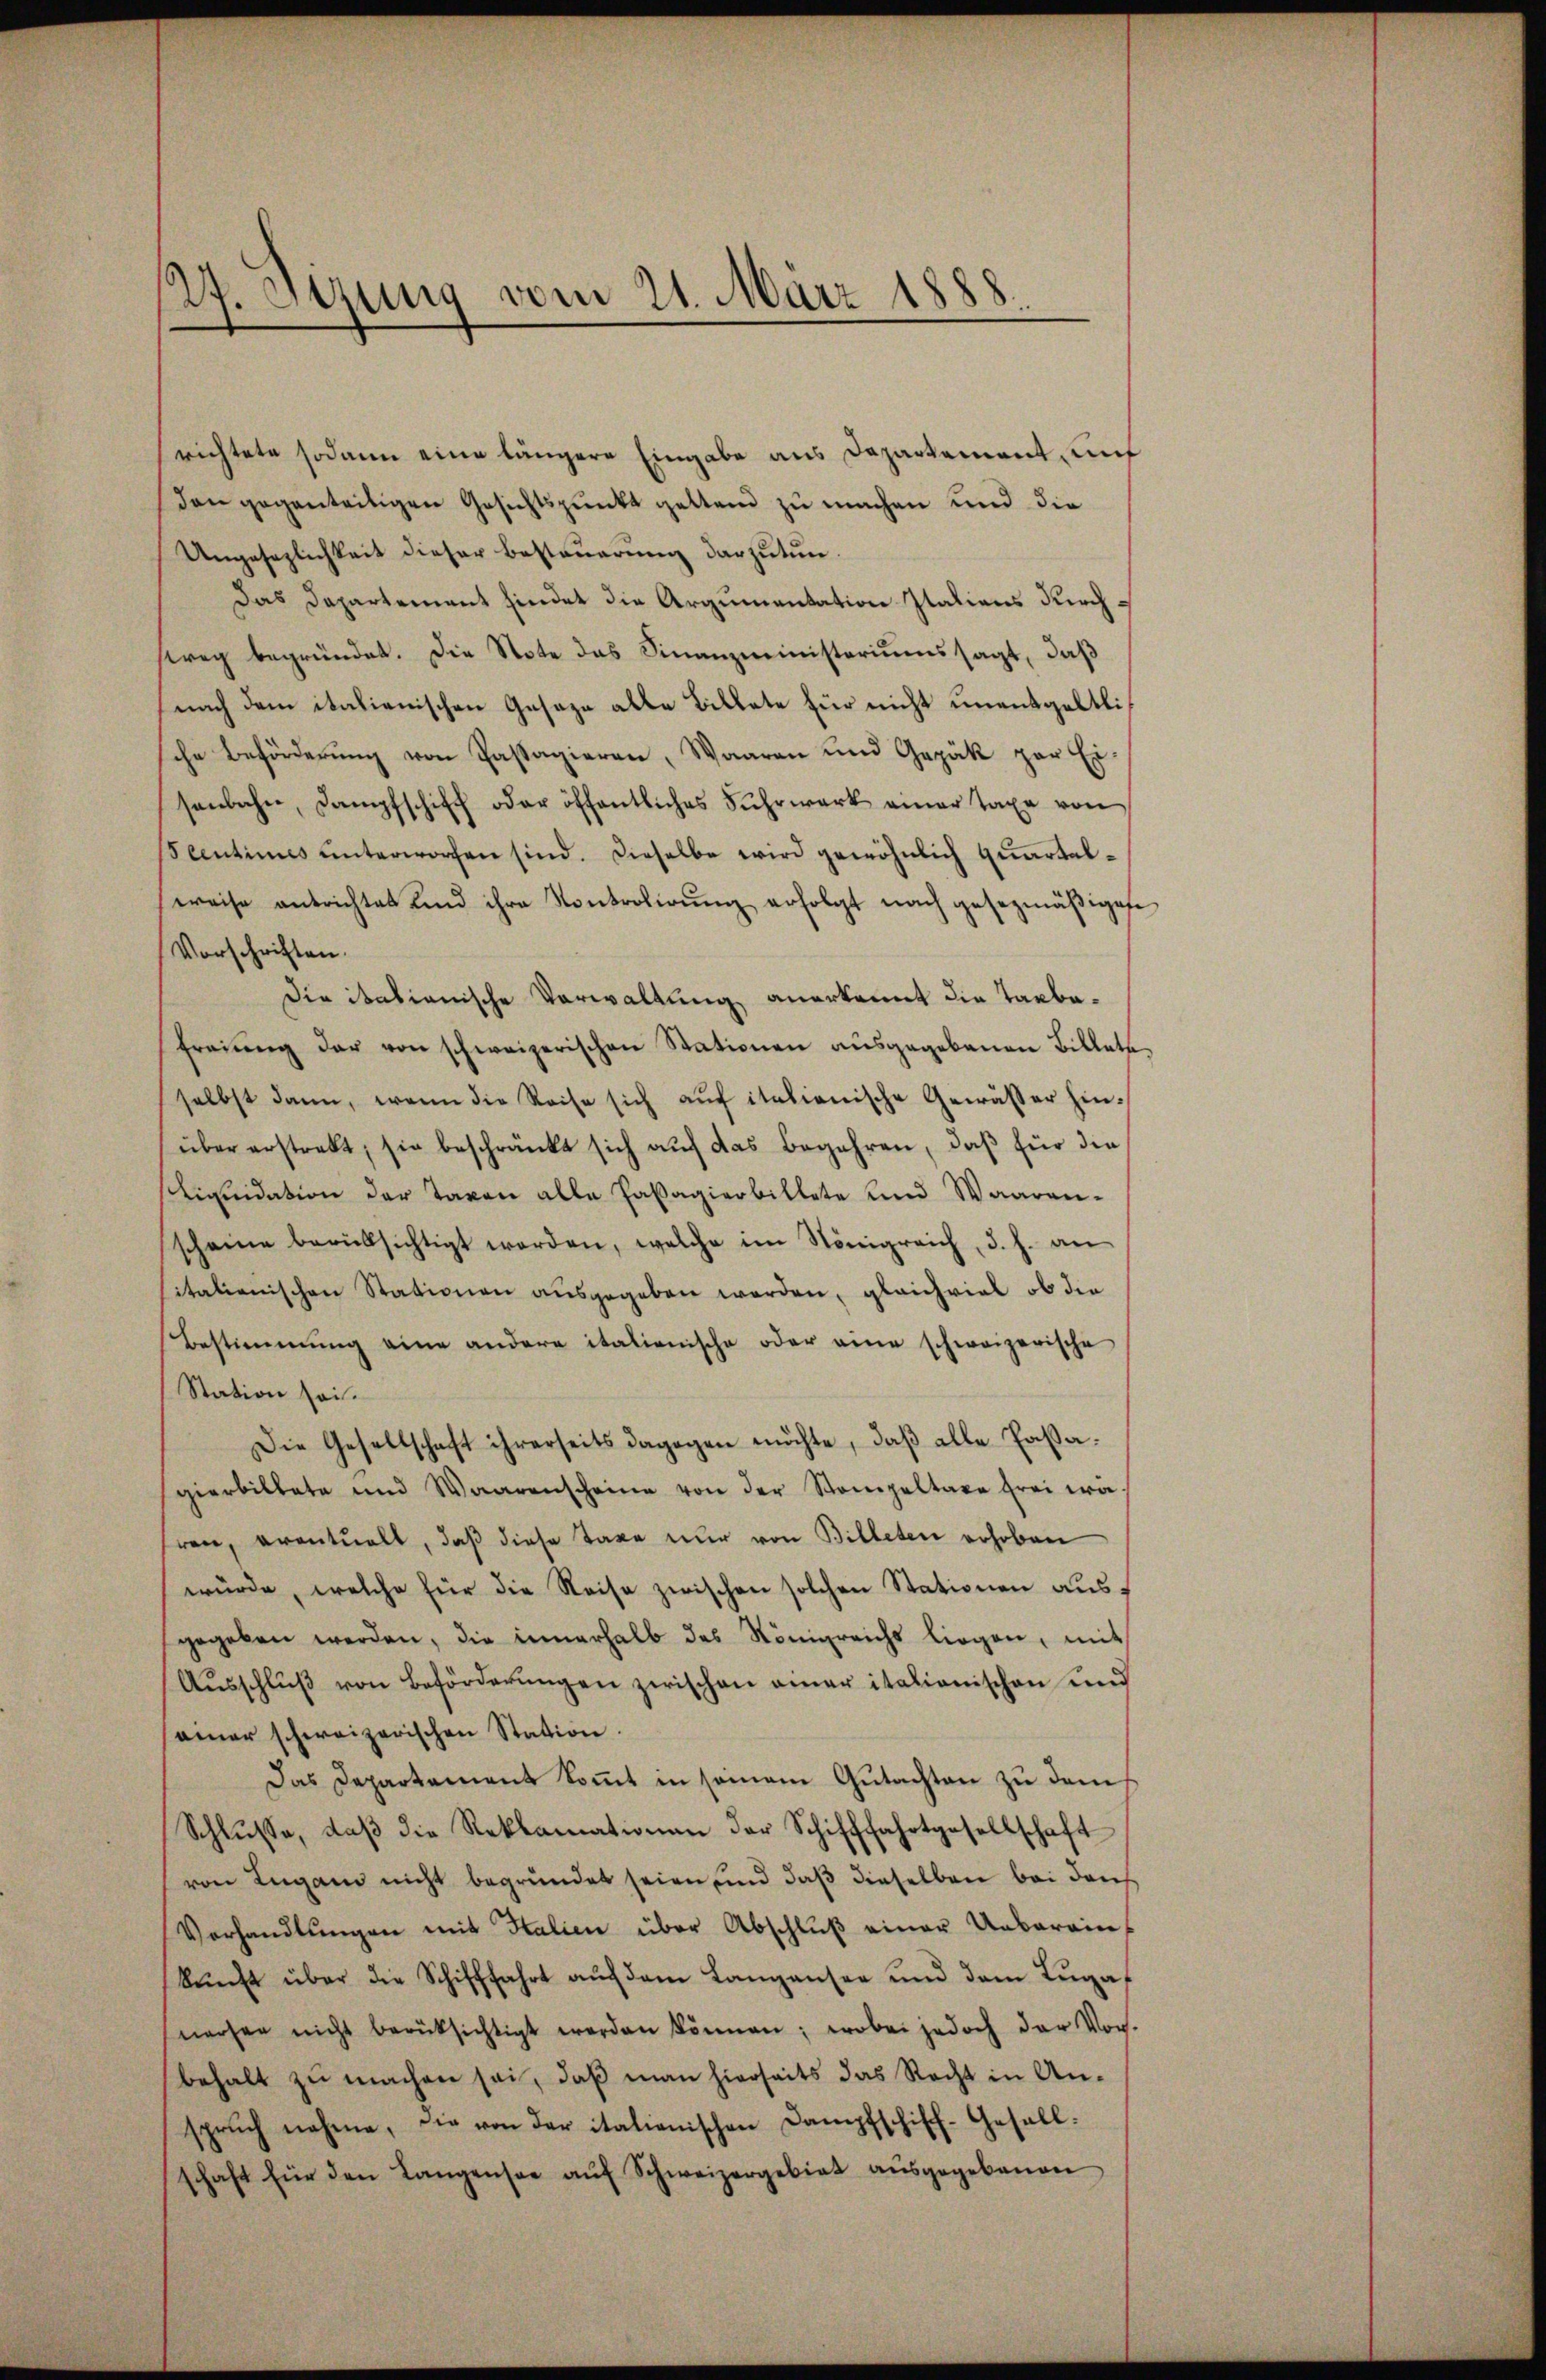
127. Sizung vom 21. März 1888.

richtete sodann eine längere Eingabe aus Departement, und
den gegenteiligen Gesichtspunkt gelten zu machen und die
Ungesezlichkeit dieser Besteuerung darzutun.
Das Departement findet die Argumentation Italiens Kirchweg begründet. Die Note das Finanzministeriums sagt, daß
nach dem italienischen Gesaze alle Billete für nicht unentgeltliche Beförderŭng von Passagieren, Waaren und Gepäk par Ei-
senbahn, Dampfschiff oder öffentliches Fuhrwerk einer Taxe von
centimes unterworfen sind. Dieselbe wird gewöhnlich quartalweise antrichtet und ihre Kontrolirnŭng erfolgt nach gesezmäβiget
Vorschriften.
Die itationische Verwaltung anerkannt die Tagbafreiung der von schweizerischen Stationen ausgegebenen Billete
selbst dann, wenn die Reise sich aŭf italienische Gewässer hinüber erstrebt, sie beschränkt sich aŭf das Begehren, daβ für die
Liquidation der Taxen alle Passagierbillete und Waaren-
scheine berüksichtigt worden, welche im Königreich, d. h. an
sitalienischen Stationen ausgegeben werden, gleichviel ob die
Bestimmung eine andere italienische oder eine schweizerische
Station sei.
Die Gesellschaft ihrerseits dagegen möchte, daß alle Passagierbildete und Waarenscheine von der Stempeltaxe frei wi
hren, eventualt, daß diese Taxe nur von Billeten erhoben
würde, welche für die Reise zwischen solchen Stationen ausgegeben werden, die innerhalb des Königreichs liegen, mit
Aŭsschlŭβ von Beförderŭngen zwischen einer italionischen und
einer schweizerischen Station.
Das Departement kommt in seinem Gutachten zu dem
Schlŭsse, daβ die Reklamationen der Schifffahrtgesellschaft
von Lugano nicht begründet seien und daβ dieselben bei den
Verhandlŭngen mit Italien über Abschluß einer Uebereinkunft über die Schifffahrt auf dem Langensee und dem Lugaf
wachen nicht berücksichtigt werden können; wobei jedoch der Vor-
behalt zu machen sei, daß man hierseits das Recht in Ansprŭch nehme, die von der italienischen Dampfschiff-Gesell:
schaft für den Langensee aŭf Schweizergebiet aŭsgegebenen